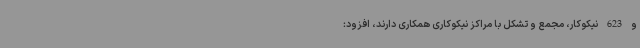
و 623 نیکوکار، مجمع و تشکل با مراکز نیکوکاری همکاری دارند، افزود: